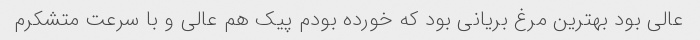
عالی بود بهترین مرغ بریانی بود که خورده بودم پیک هم عالی و با سرعت متشکرم